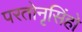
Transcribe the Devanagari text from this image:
परतोनृसिंहो